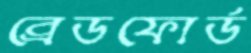
ব্রেডফোর্ড